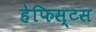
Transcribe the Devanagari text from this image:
हेफिस्टस